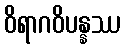
ဝိရာဂဝိပန္နဿ